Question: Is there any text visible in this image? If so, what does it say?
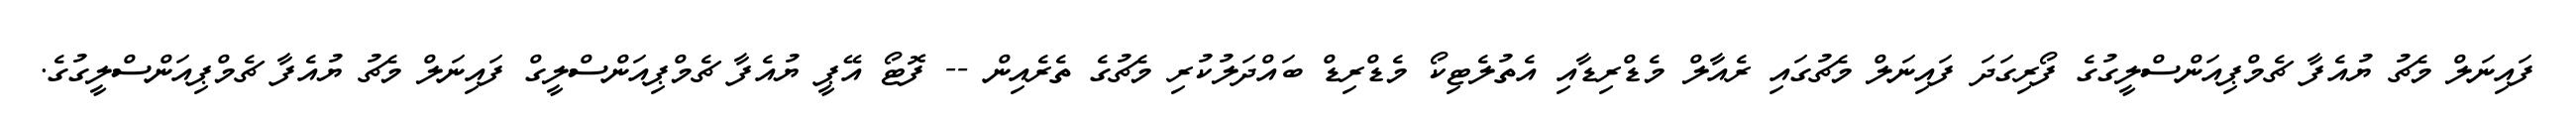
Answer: ފައިނަލް މެޗު ޔުއެފާ ޗެމްޕިއަންސްލީގުގެ ފޯރިގަދަ ފައިނަލް މެޗުގައި ރެއާލް މެޑްރިޑާއި އެތުލެޓިކޯ މެޑްރިޑް ބައްދަލުކުރި މެޗުގެ ތެރެއިން -- ފޮޓޯ އޭޕީ ޔުއެފާ ޗެމްޕިއަންސްލީގް ފައިނަލް މެޗު ޔުއެފާ ޗެމްޕިއަންސްލީގުގެ.